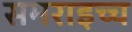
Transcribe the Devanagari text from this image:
समराइच्च